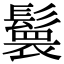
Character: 𮫏